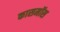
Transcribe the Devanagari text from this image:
कासमॉस